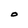
Character: O